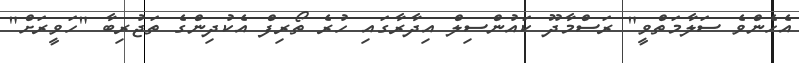
އެހެންވެ ސަލާމަތްވީ" ރަސްމާދޫ ކައުންސިލް އިދާރާގައި ހުރެ ތޯރިފް އެކުދިންގެ ތަޖުރިބާ "ހަވީރަށް"